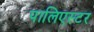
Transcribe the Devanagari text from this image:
पालिएस्टर